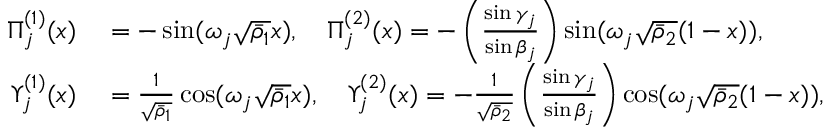
\begin{array} { r l } { \Pi _ { j } ^ { ( 1 ) } ( x ) } & { { } = - \sin ( \omega _ { j } \sqrt { \bar { \rho } _ { 1 } } x ) , \quad \Pi _ { j } ^ { ( 2 ) } ( x ) = - \left( \frac { \sin \gamma _ { j } } { \sin \beta _ { j } } \right) \sin ( \omega _ { j } \sqrt { \bar { \rho } _ { 2 } } ( 1 - x ) ) , } \\ { \Upsilon _ { j } ^ { ( 1 ) } ( x ) } & { { } = \frac { 1 } { \sqrt { \bar { \rho } _ { 1 } } } \cos ( \omega _ { j } \sqrt { \bar { \rho } _ { 1 } } x ) , \quad \Upsilon _ { j } ^ { ( 2 ) } ( x ) = - \frac { 1 } { \sqrt { \bar { \rho } _ { 2 } } } \left( \frac { \sin \gamma _ { j } } { \sin \beta _ { j } } \right) \cos ( \omega _ { j } \sqrt { \bar { \rho } _ { 2 } } ( 1 - x ) ) , } \end{array}